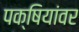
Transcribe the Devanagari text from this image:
पक्षियांवर